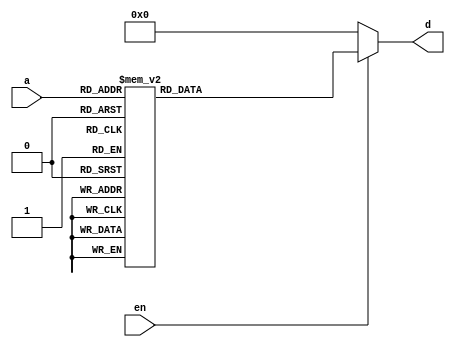
module decbeh(input [2:0]a,
	input en,
	output reg[7:0]d);
always @(a,en)
 if(en == 1)
  begin
   case(a)
   3'b000: d=8'b00000001;
   3'b001: d=8'b00000010;
   3'b010: d=8'b00000100;
   3'b011: d=8'b00001000;
   3'b100: d=8'b00010000;
   3'b101: d=8'b00100000;
   3'b110: d=8'b01000000;
   3'b111: d=8'b10000000;
   endcase
  end
 else
  begin
   d=8'b0;
  end
endmodule